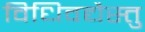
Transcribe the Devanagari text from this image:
विधिवद्यैस्तु